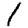
Digit: 1